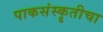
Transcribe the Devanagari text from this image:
पाकसंस्कॄतीचा